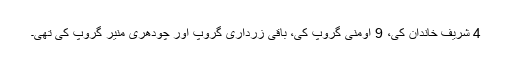
4 شریف خاندان کی، 9 اومنی گروپ کی، باقی زرداری گروپ اور چودھری منیر گروپ کی تھی۔